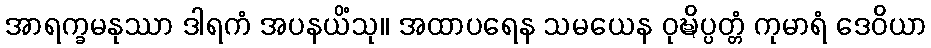
အာရက္ခမနုဿာ ဒါရကံ အပနယိံသု။ အထာပရေန သမယေန ဝုဍ္ဎိပ္ပတ္တံ ကုမာရံ ဒေဝိယာ